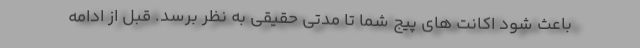
باعث شود اکانت های پیج شما تا مدتی حقیقی به نظر برسد. قبل از ادامه